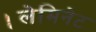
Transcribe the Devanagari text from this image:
।लेमिनेट